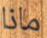
ماذا